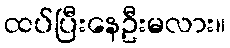
ထပ်ပြီးနေဦးမလား။